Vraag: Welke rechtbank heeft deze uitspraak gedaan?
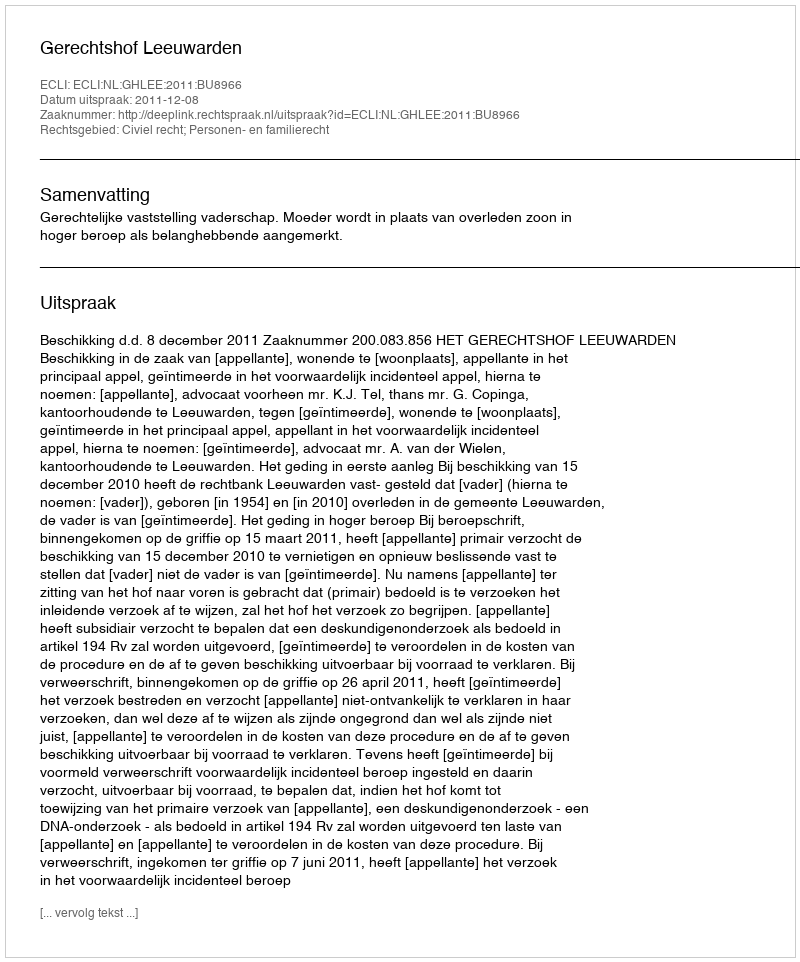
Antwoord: Gerechtshof Leeuwarden